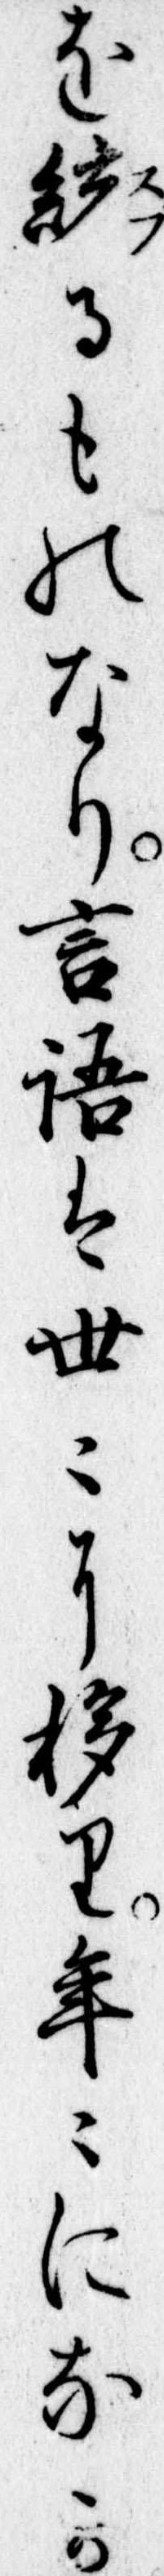
を統るものなり言語は世に移り年になか